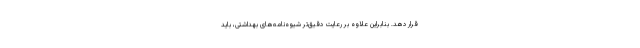
قرار دهد. بنابراین علاوه بر رعایت دقیق‌تر شیوه‌نامه‌های بهداشتی، باید